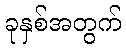
ခုနှစ်အတွက်